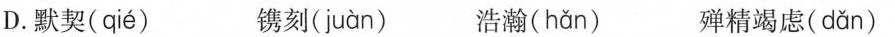
D. 默契( qié ) 镌刻( juàn ) 浩瀚( hǎn ) 殚精竭虑( dǎn )